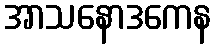
အာသနောဒကေန